Report on vaccination in Madras 1922-1929 - 1922-1929
Year: 1922
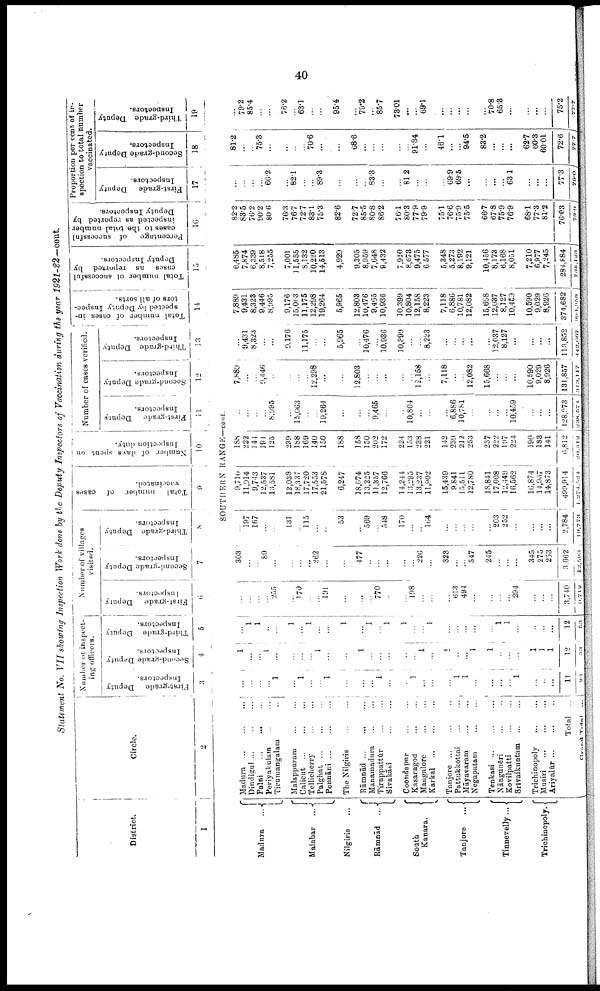
40
Statement No. VII showing Inspection Work done by the Deputy Inspectors of Vaccination during the year 1921-22— cont.
District.
1
Madura
...
Malabar ...
Nilgiris ...
Rāmnād ...
South
Kanara.
Tanjore ...
Tinnevelly...
Trichinopoly.
Circle.
2
Madura
...
...
...
Dindigul ...
...
...
Palni
...
...
...
Periyakulam ... ...
Tirumangalam ...
Malappuram
...
...
Calicut ...
...
...
Tellicherry
...
...
Palghat
...
...
...
Ponnāni ... ... ...
The Nilgiris
...
...
Rāmnād
...
...
...
Manamadura ... ...
Tiruppattūr
...
...
Sivakāsi
...
...
Coondapur
...
...
Kasaragod
...
...
Mangalore
...
...
Karkal
...
...
...
Tanjore ... ... ...
Pattukkōttai ... ...
Māyavaram
...
...
Negapatam
...
...
Tenkasi
...
...
...
Nāngunēri ... ...
Kovilpatti
...
...
Srīvaikuntam
...
...
Trichinopoly
...
...
Musiri
...
...
...
Ariyalūr ... ... ...
Total ...
Grand Total ...
Number of inspect
ing officers.
First-grade
Deputy
Inspectors.
3
Second-grade Deputy
Inspectors.
4
Third-grade Deputy
Inspectors.
5
Number of villages
visited.
First-grade
Deputy
Inspectors.
6
Second-grade Deputy
Inspectors.
7
Third-grade Deputy
Inspectors.
8
Total
number
of cases
vaccinated.
9
Number of days spent on
Inspection duty.
10
Number of cases verified.
First-grade
Deputy
Inspectors.
11
Second-grade Deputy
Inspectors.
12
Third-grade Deputy
Inspectors.
13
Total number of cases in
spected by Deputy Inspec
tors of all sorts.
14
Total number of successful
cases
as reported by
Deputy Inspectors.
15
Percentage
of successful
cases to the total number
inspected as reported by
Deputy Inspectors.
16
Proportion per cent of in
spection to total number
vaccinated.
First-grade Deputy
Inspectors.
17
Second-grade Deputy
Inspectors.
18
Third-grade Deputy
Inspectors.
19
SOUTHERN RANGE—cont.
...
...
...
...
1
...
1
...
...
1
...
...
...
1
...
...
1
...
...
...
1
1
...
...
...
...
1
...
...
...
11
23
1
...
...
1
...
...
...
...
1
...
...
1
...
...
...
...
...
1
...
1
...
...
1
1
...
...
...
1
1
1
12
33
...
1
1
...
...
1
...
1
...
...
1
...
1
...
1
1
...
...
1
...
...
...
...
...
1
1
...
...
...
...
12
53
...
...
...
...
255
...
170
...
...
191
...
...
...
770
...
...
198
...
...
...
613
494
...
...
...
...
294
...
...
3,740
9,712
303
...
...
89
...
...
...
...
262
...
...
477
...
...
...
...
...
226
...
323
...
...
547
245
...
...
...
345
275
263
3,662
12,593
...
197
167
...
...
131
...
115
...
...
53
...
569
...
548
170
...
...
164
...
...
...
...
...
203
252
...
...
...
...
2,784
19,773
9,710
11,914
9,743
12,537
13,581
12,038
18,337
17,720
17,553
21,578
6,247
18,674
13,225
11,357
12,766
14,244
13,295
13,237
11,902
15,439
9,841
15,511
12,780
18,841
17,008
12,449
16,562
16,874
14,967
14,873
499,914
1,274,524
188
222
144
191
125
239
188
169
140
150
188
158
150
202
172
224
153
238
221
142
239
212
253
237
222
197
224
190
183
141
6,812
20,312
...
...
...
...
8,995
...
15,063
...
...
19,264
...
...
...
9,465
...
...
10,804
...
...
...
6,886
10,781
...
...
...
...
10,459
...
...
...
128,973
238 ,574
7,889
...
...
9,446
...
...
...
...
12,298
...
...
12,803
...
...
...
...
...
12,158
...
7,118
...
...
12,082
15,668
...
...
...
10,590
9,029
8,926
131,857
343,117
...
9,431
8,323
...
...
9,176
...
11,175
...
...
5,965
...
10,476
...
10,936
10,399
...
...
8,223
...
...
...
...
...
12,037
8,127
...
...
...
...
113,852
442,667
7,889
9,431
8,323
9,446
8,995
9,176
15,063
11,175
12,298
19,264
5,965
12,803
10,476
9,465
10,936
10,399
10,804
12,158
8,223
7,118
6,886
10,781
12,082
15,668
12,037
8,127
10,459
10,590
9,029
8,926
374,682
994,068
6,485
7,874
6,339
8,518
7,255
7,001
11,555
8,132
10,220
14,513
4,929
9,305
8,959
7,648
9,432
7,910
8,673
9,475
6,577
5,348
5,273
8,192
9,121
10,456
8,173
6,168
8,051
7,210
6,977
7,245
284,884
735.123
82.2
83.5
76.2
90.2
80.6
76.3
76.7
72.7
83.1
75.3
82.6
72.7
85.5
80.8
86.2
76.1
80.3
77.9
79.9
75.1
76.6
75.9
75.5
66.7
67.8
75.9
76.9
68.1
77.3
81.2
76.03
73.9
...
...
...
...
66.2
...
82.1
...
...
89.3
...
...
...
83.3
...
...
81.2
...
...
...
69.9
69.5
...
...
...
...
63.1
...
...
...
77.3
79.0
81.2
...
...
75.3
...
...
...
...
70.6
...
...
68.6
...
...
...
...
...
91.84
...
46.1
...
...
94.5
83.2
...
...
...
62.7
60.3
60.01
72.6
77.7
...
79.2
85.4
...
...
76.2
...
63.1
...
...
95.4
...
79.2
...
85.7
73.01
...
...
69.1
...
...
...
...
...
70.8
65.3
...
...
...
...
75.2
77.7